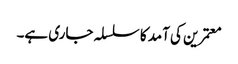
معتمرین کی آمد کا سلسلہ جاری ہے۔